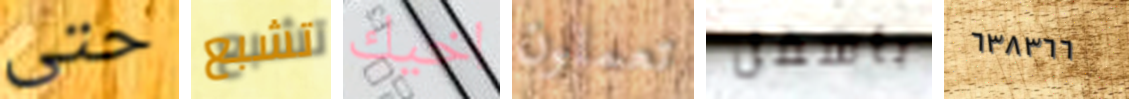
حتى تشبع اخيك تعملون بأسفل ٦٣٨٣٦٦